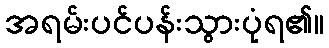
အရမ်းပင်ပန်းသွားပုံရ၏။